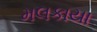
મલકાયા